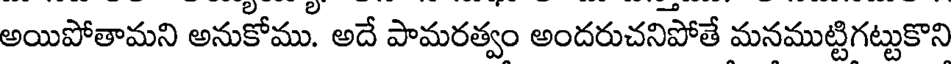
అయిపోతామని అనుకోము. అదే పామరత్వం అందరుచనిపోతే మనముట్టిగట్టుకొని